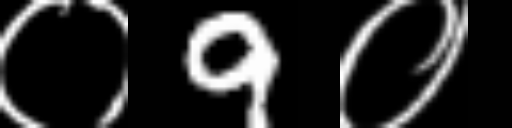
Text: ०9०